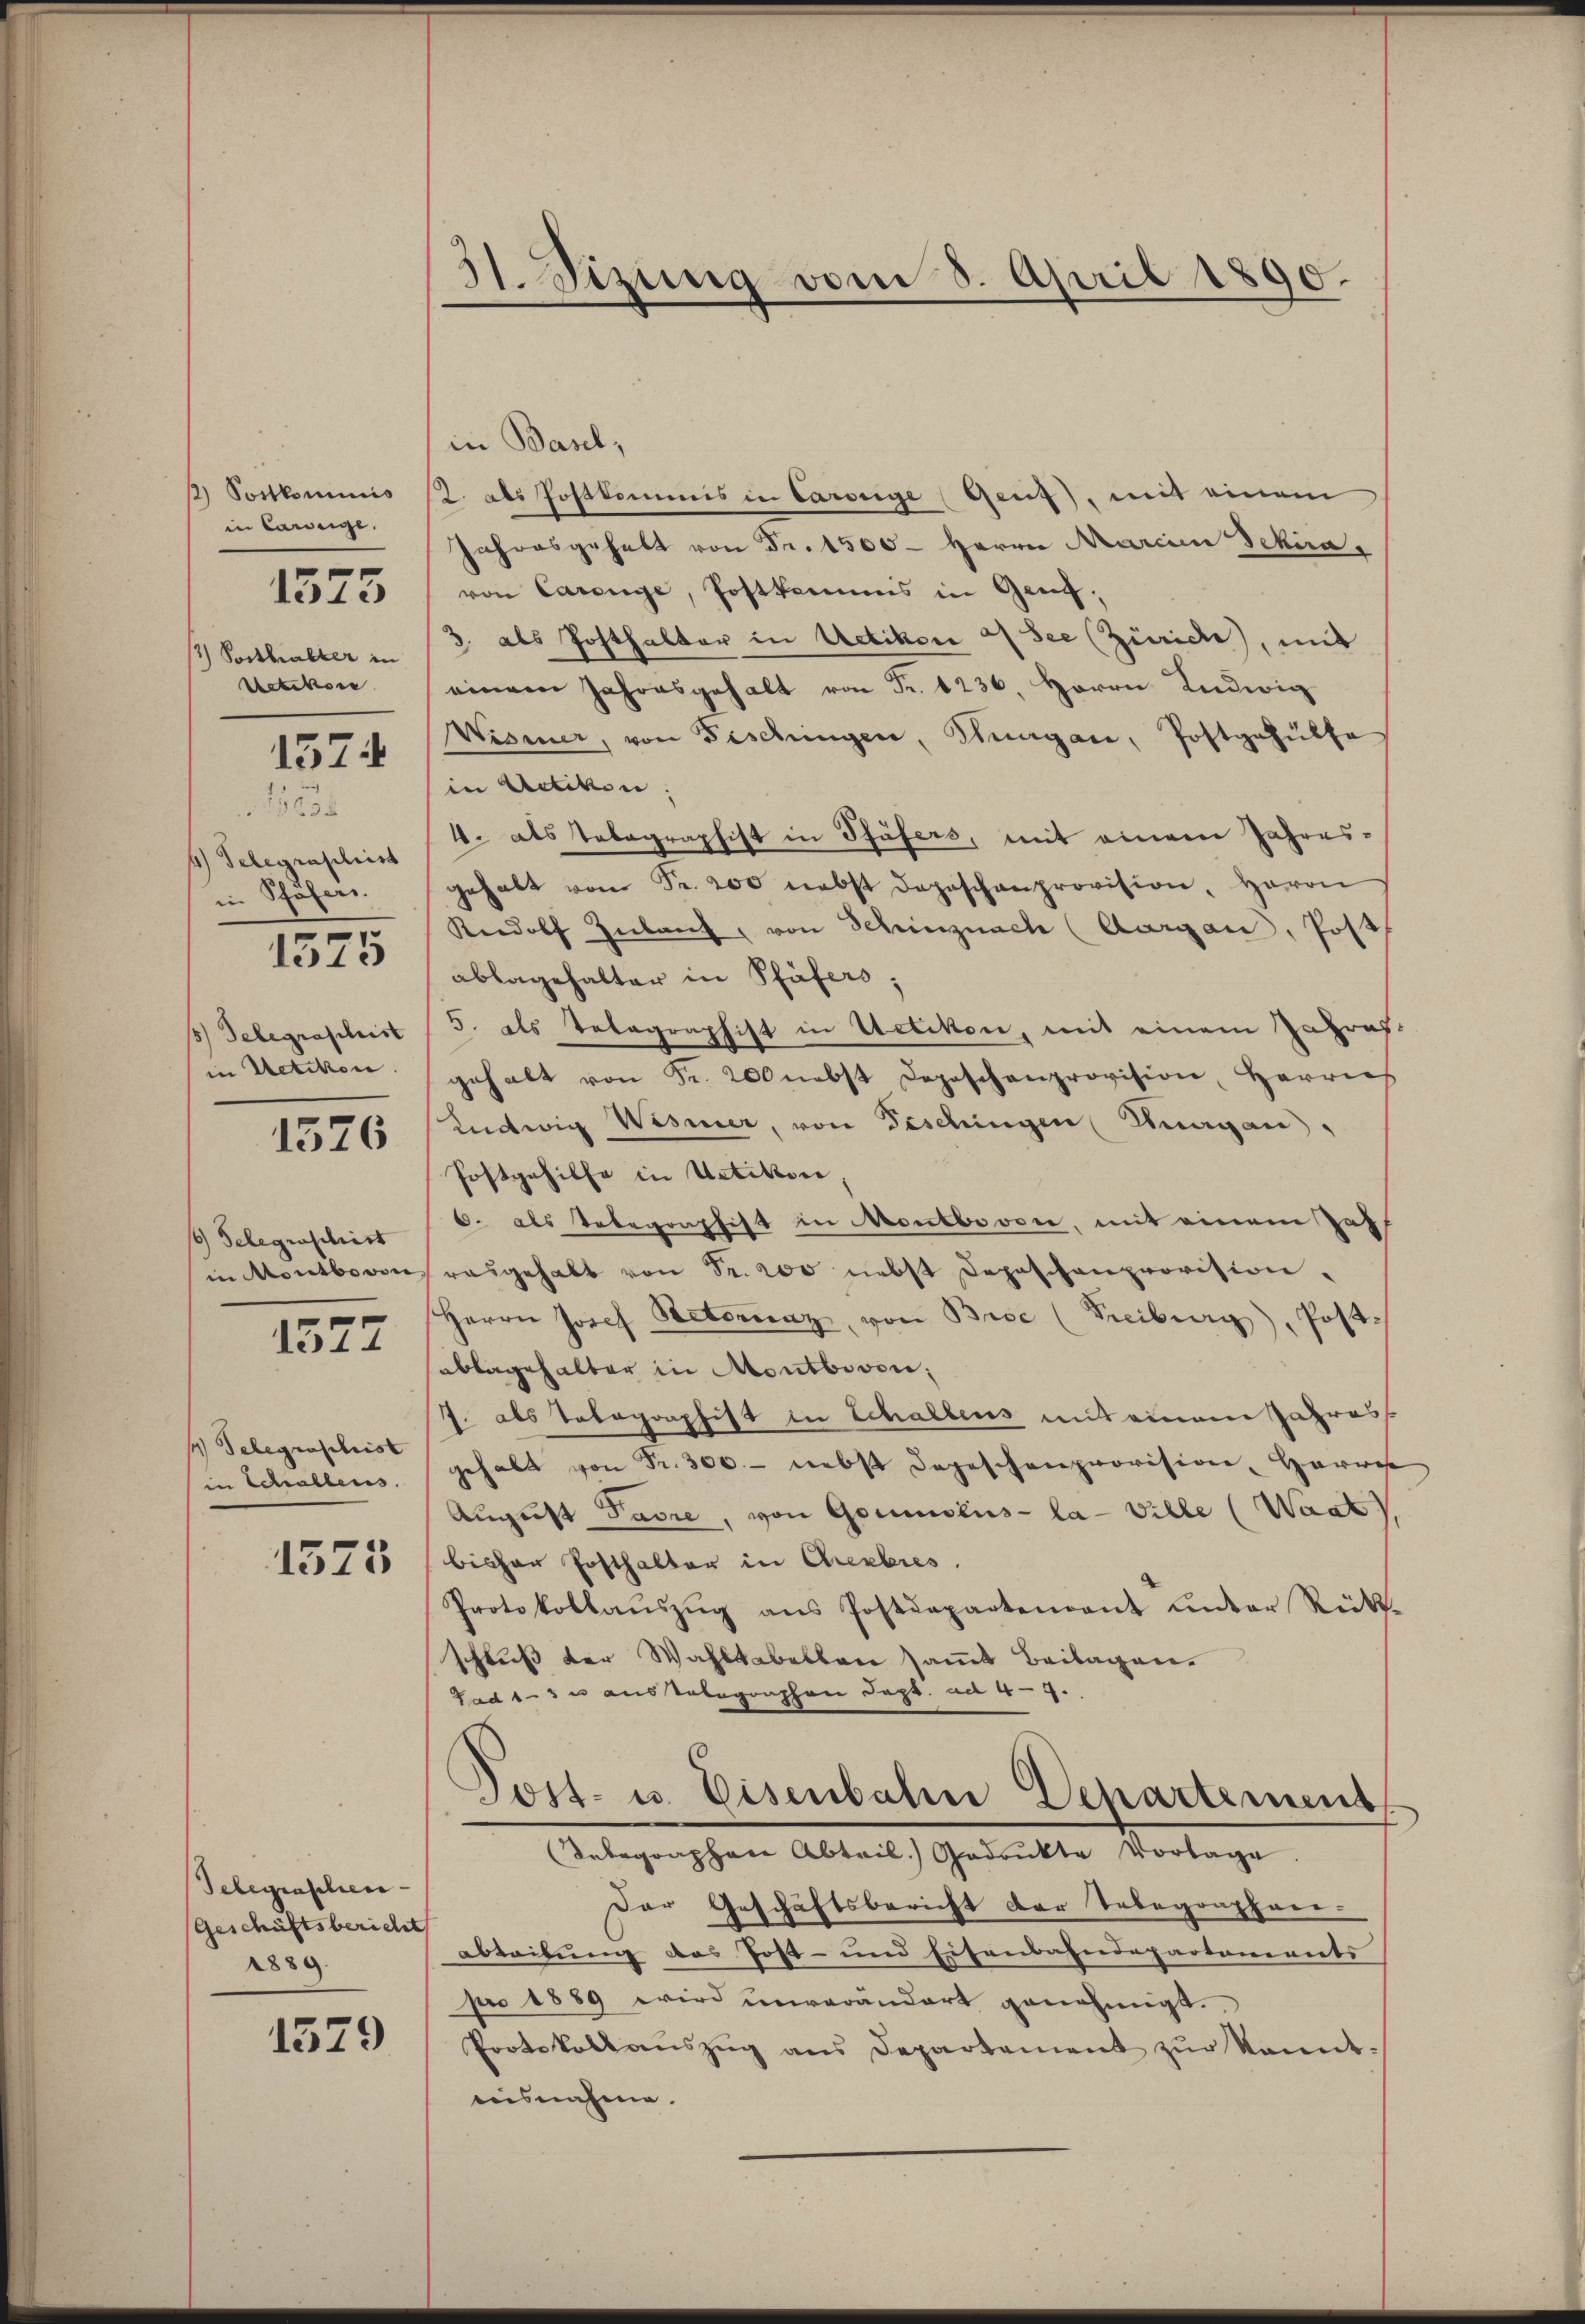
Portkominis
in Canzeige.
3) Posthalter in
Uetikon
235
f Telegraphirt
in Schöfer.
1575
1) Telegraschist
in Uetikon.

1575

1574

1526

16) Gelegenschrist
in Montbovon

1377

1 Telegenschrist
in Schallens.

1575

Telegraschen-
Geschäftsbericht
1889.

1579

31 izung vom 8. April 1890.

in Basel,
2. als Postkommis in Caroege (Genf), mit einem
Jahresgehalt von Fr. 1500 - Herrn Marien Schira,
von Carige, Postkammens in Genf,
3. als Posthalter in Uetikon 4 See (Zürich, mit
einem Jahresgehalt von Fr. 1236, Herrn Ludwig
Wismer, von Fischingen, Hergan, Postgehülfe
in Uetikon;
4. als Tabagraphist in Pfäfers, mit einem Jahresgehabt von Fr. 200 nebst depeschenprovision, Haron
Rudolf Inlang, von Schinznach (Aargau, Post
ablagehalter in Pfäfers,
5. als Totagraphist in Uetikon, mit einem Zapras-
gehalt von Fr. 200 nebst Depeschenprovision, Herrns
Ludwig Wismer, von Fischingen Thurgau,
Postgehilfe in Uetikon,
6. als Uebegonphist in Montbovon, mit einem Jah
rasgehalt von Sr. 200 nebst Depeschenprovision.
Herrn Josef Netorienz, von Bise (Freiburg, Post-
ablagehalter in Montbivon;
J. als Tobographist in Schaltens mit einem Jahress
gehalt von Fr. 300.- nebst Depeschenprovision Harwese
August Padre, von Gommens- la-Ville (Waat
bisher Posthalter in Cheebres.
Protokollaŭszŭg ans Postdepartendant unter Rück-
schluß der Wahltabellen samt Beilagen.
Gad 1-3 u austelegraphen Sept. ad 49.
Post- u. Eisenbahn Departement
Telegraphen Abteil. Gadrukte Vorlage.
Der Geschäftsbericht der Telegraphaer-
ableibung das Post- und Eisenbahndepartements
pro 1889 wird unverändert genehmigt.
Protokoll aŭszŭg ans Departement zŭr kannt.
aisnahme.